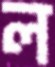
ল